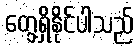
တွေ့ရှိနိုင်ပါသည်